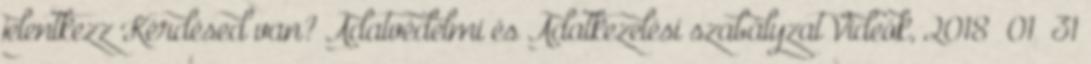
jelentkezz Kérdésed van? Adatvédelmi és Adatkezelési szabályzat Videók, 2018 01 31